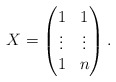
\begin{align*}X=\begin{pmatrix}1 & 1 \\\vdots & \vdots \\1 & n\end{pmatrix}.\end{align*}